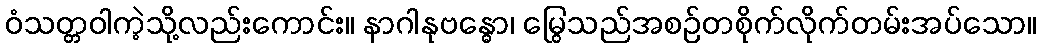
ဝံသတ္တဝါကဲ့သို့လည်းကောင်း။ နာဂါနုဗန္ဓော၊ မြွေသည်အစဉ်တစိုက်လိုက်တမ်းအပ်သော။